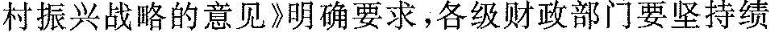
村振兴战略的意见》明确要求，各级财政部门要坚持绩